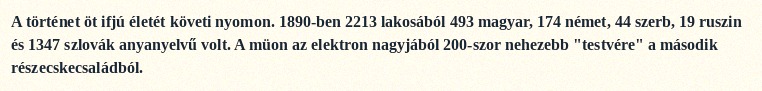
A történet öt ifjú életét követi nyomon. 1890-ben 2213 lakosából 493 magyar, 174 német, 44 szerb, 19 ruszin és 1347 szlovák anyanyelvű volt. A müon az elektron nagyjából 200-szor nehezebb "testvére" a második részecskecsaládból.